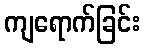
ကျရောက်ခြင်း